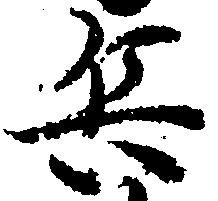
兵